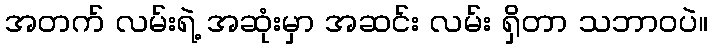
အတက် လမ်းရဲ့ အဆုံးမှာ အဆင်း လမ်း ရှိတာ သဘာဝပဲ။